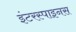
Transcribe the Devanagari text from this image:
इंटरस्पाइनस